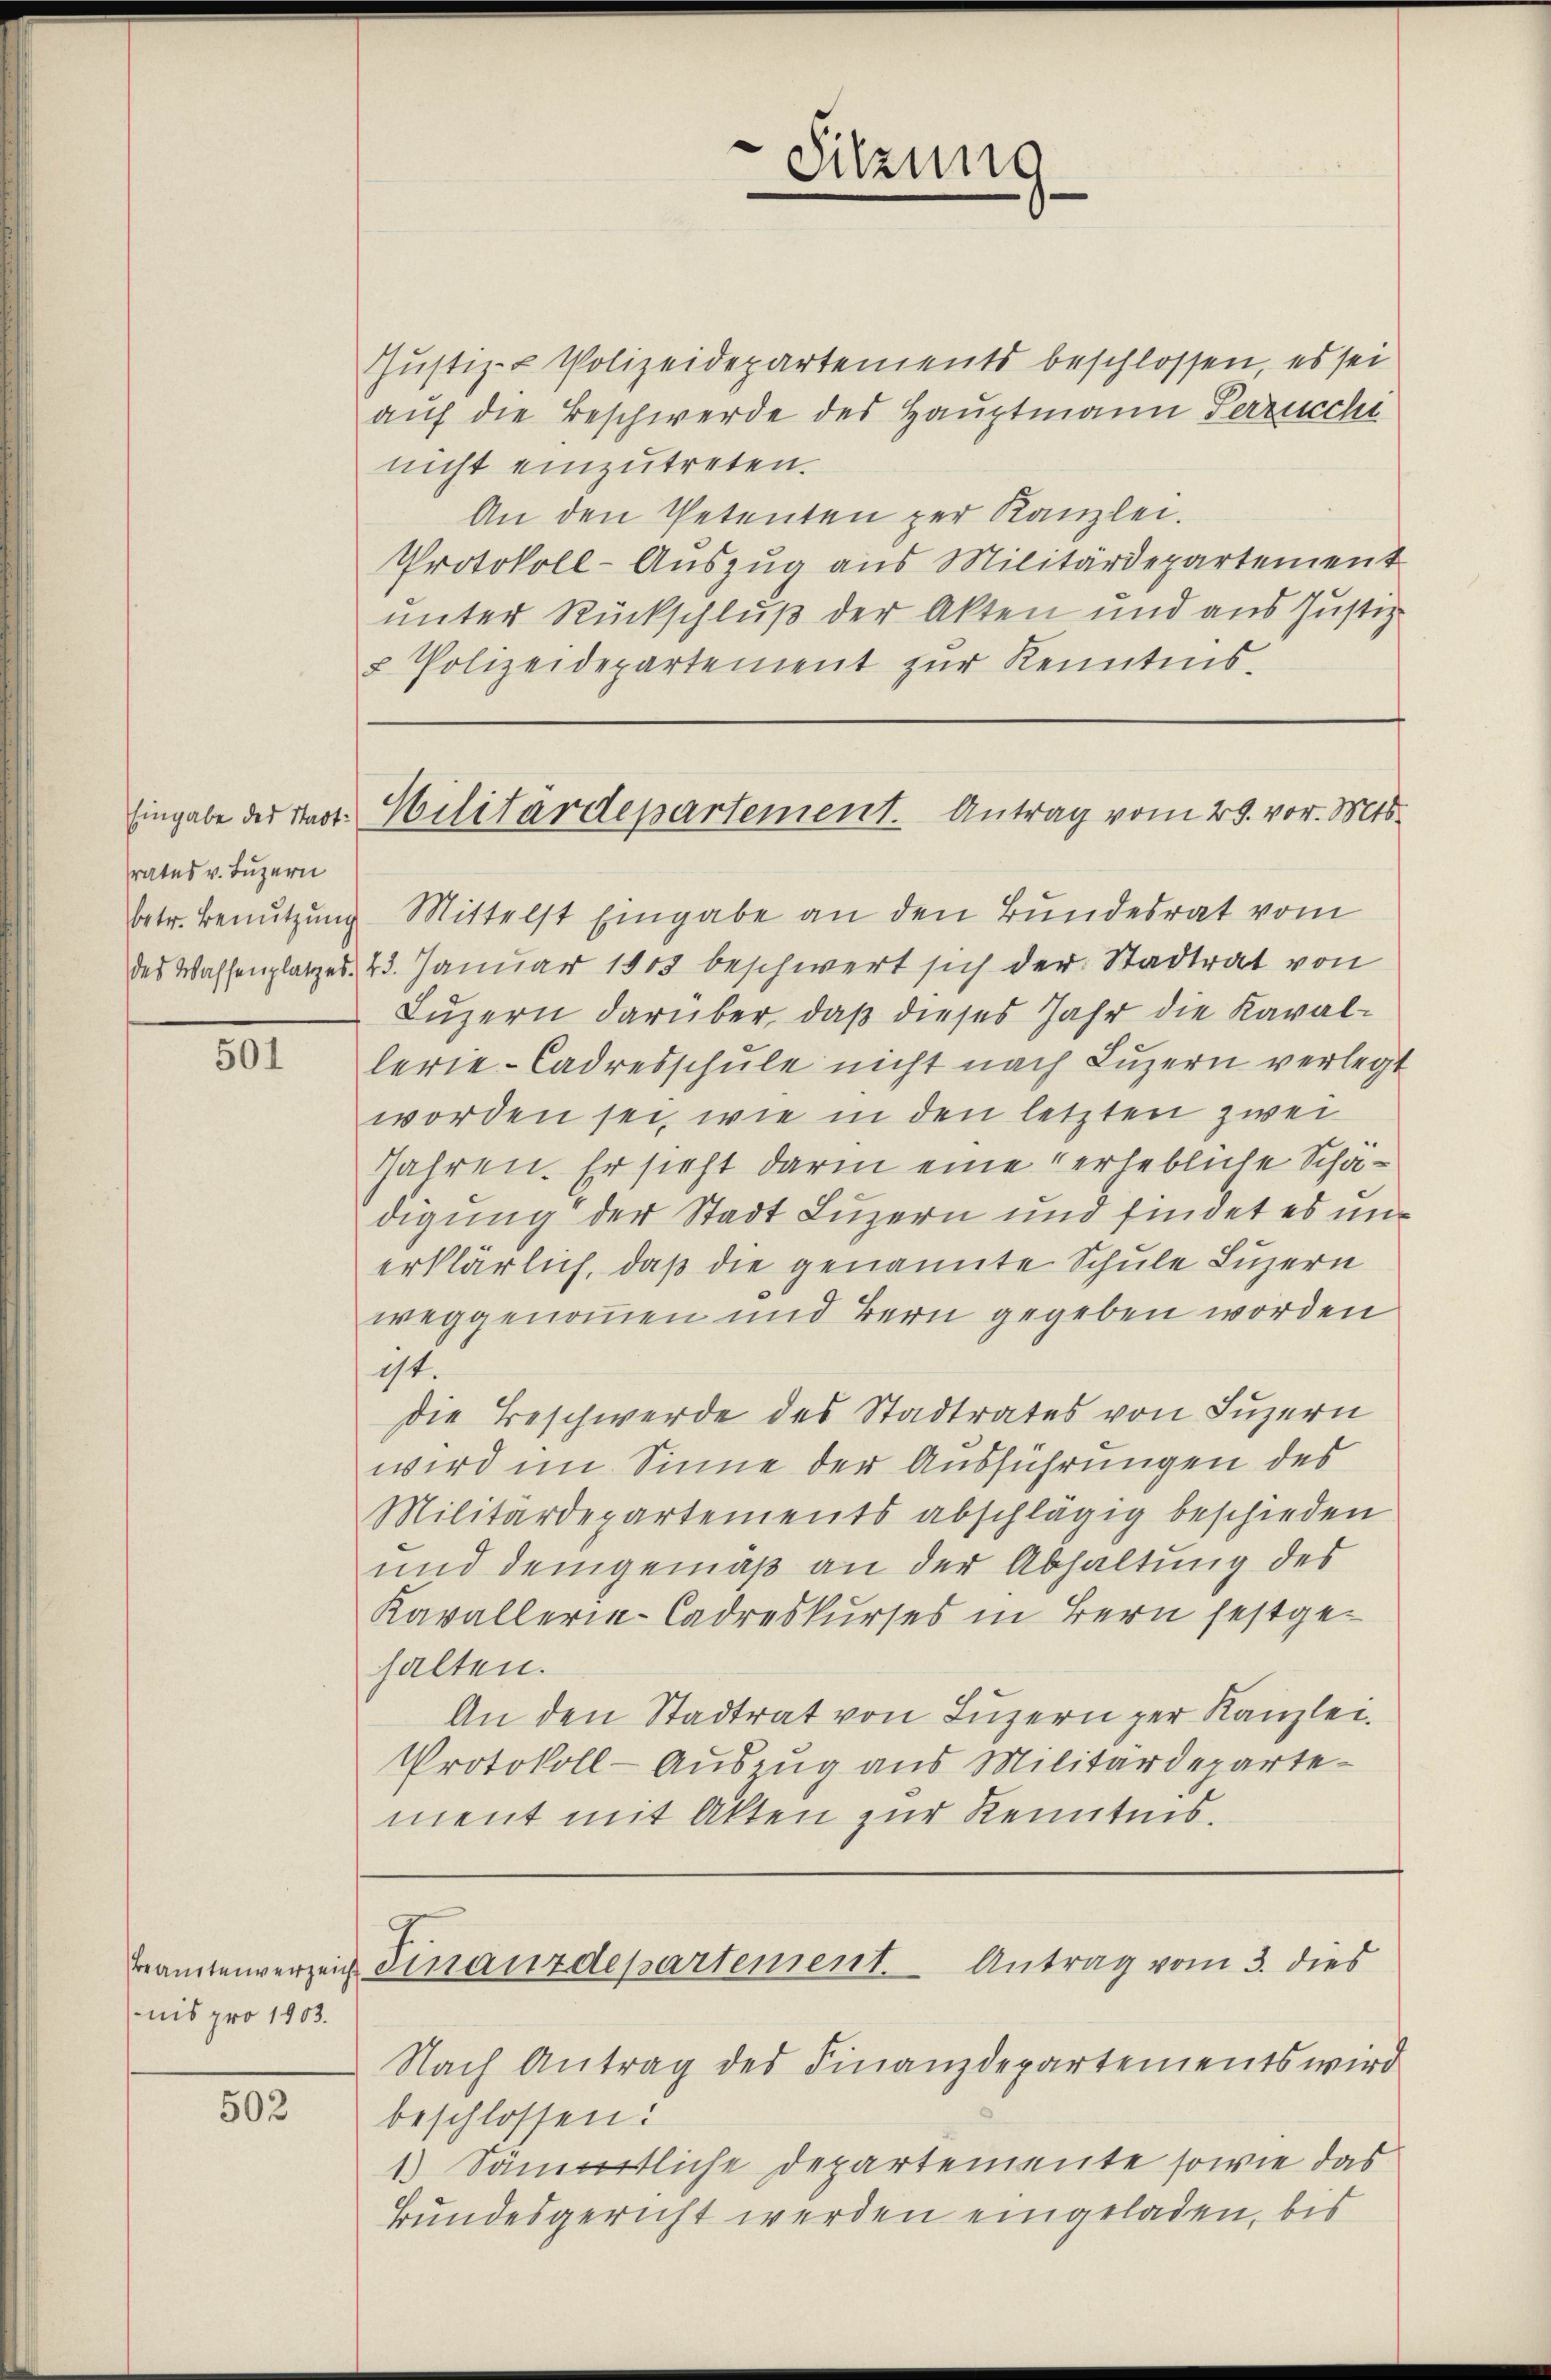
rates v. Luzern

501

nis pro 1903.

502

Justiz- & Polizeidepartements beschlossen, es sei
auf die Beschwerde des Hauptmann Verzuccht
nicht einzutreten.
An den Petenten zur Kanzlei.
Protokoll-Auszug aus Militärdepartement
unter Rückschluß der Akten und aus Justiz-
2 Polizeidepartement zŭr Kenntnis.

t
Sitzung

betr. Benutzung Mittelst Eingabe an den Bundesrat vom
des Wassenplatzes, 23. Januar 1803 beschwert sich der Stadtrat von
Luzern darüber, daß dieses Jahr die Kavallerie-Cadresschŭle nicht nach Luzern verlegt
worden sei, wie in den letzten zwei
Jahren. Er sieht darin eine erlebliche Schädigung der Stadt Luzern und findet es unerklärlich, daß die genannte Schule Luzern
weggenommen und Bern gegeben worden
ist.
die Beschwerde des Stadtrates von Luzern
wird im Sinne der Ausführungen des
Militärdepartements abschlägig beschieden
und demgemäß an der Abhaltung des
Kavallerie-Cadreskurses in Bern festgehalten.
An den Stadtrat von Luzern zur Kanzlei.
Protokoll-Auszug aus Militärdepartement mit Akten zur Kenntnis.

Eingabe der Past. Militärdepartement. Antrag vom 28. vor. Mts.

Tramtenverzeich Finanzdepartement. Antrag vom 3. dies

Nach Antrag des Finanzdepartements wird
beschlossen:
1) Sämmtliche Departemente sowie das
Bundesgericht werden eingeladen, bis